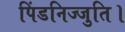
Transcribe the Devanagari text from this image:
पिंडनिज्जुति।